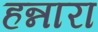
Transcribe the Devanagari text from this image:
हन्नारा